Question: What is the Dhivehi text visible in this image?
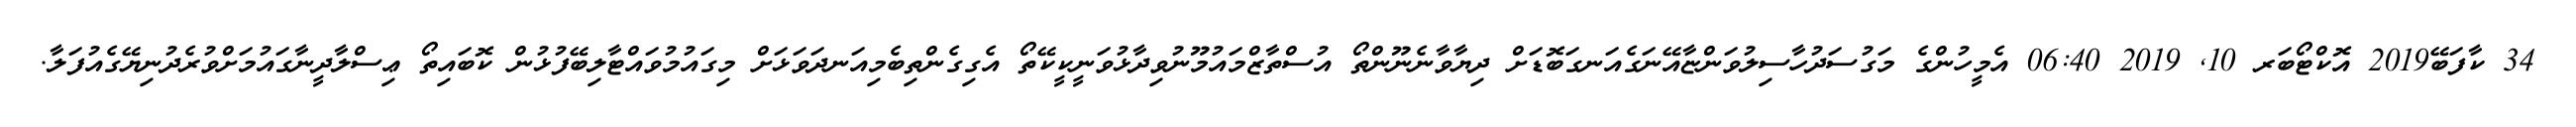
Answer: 34 ކާފަބޭ2019 އޮކްޓޯބަރ 10, 2019 06:40 އެމީހުންގެ މަގުސަދުހާސިލުވަންޏާއޭނަގެއަނގަބޮޑަށް ދިޔާވާނެނޫންތޯ އުސްތާޒްމައުމޫނުވިދާޅުވަނީކީކޭތޯ އެގިގެންތިބެމިއަނދަވަޅަށް މިގައުމުވައްޓާލިބޭފުޅުން ކޮބައިތޯ ޢިސްލާދީނާގައުމަށްވުރެދުނިޔޭގެއުފަލާ.